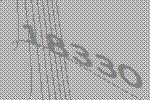
18330